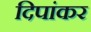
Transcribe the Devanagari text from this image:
दिपांकर